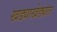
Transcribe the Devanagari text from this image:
खड्याखेड्यात